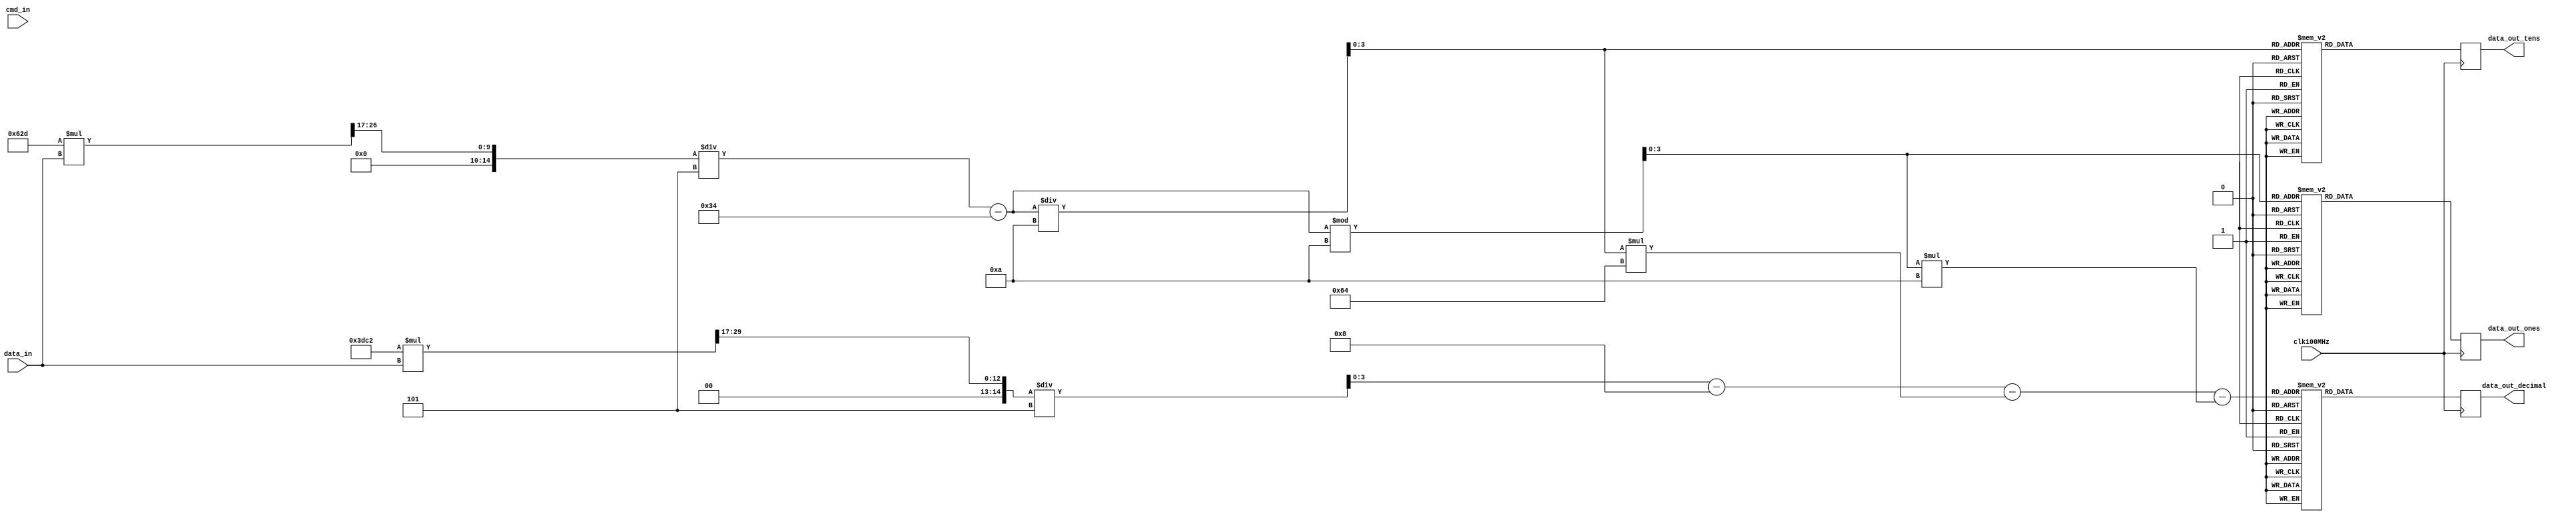
`timescale 1s / 1ps
//////////////////////////////////////////////////////////////////////////////////
// Company: 
// 
// Design Name: 
// Module Name: top4
// Project Name: 
// Target Devices: 
// Tool Versions: 
// Description: Prints tens, ones, and tenths place on three 7 segment displays
// 
// Dependencies: 
// 
// Revision:
// Revision 0.01 - File Created
// Additional Comments:
// 
//////////////////////////////////////////////////////////////////////////////////


module disp_7seg(
    input wire clk100MHz,
    input wire [1:0] cmd_in,
    //input wire [4:0] data_in_first,
    //input wire [4:0] data_in_second,
    input wire [15:0] data_in,
    output reg [7:0] data_out_tens,
    output reg [7:0] data_out_ones,
    output reg [7:0] data_out_decimal
    );
    //assign AN = 8'b11111110;
    //reg [15:0] data_out = {ck_io41, ck_io40, ck_io13, ck_io12, ck_io11, ck_io10, ck_io9, ck_io8, ck_io7, ck_io6, ck_io5, ck_io4, ck_io3, ck_io2, ck_io1, ck_io0};
    
    //wire [7:0] temp = 8'b00111000;
    //assign data_in = temp; 
    
    // ((175 * data_in) / 65536) - 47;
    //wire [7:0] data = data_in;
    
    //reg [23:0] data;
    //reg [3:0] data_in_tens;
    //reg [3:0] data_in_ones;
    
    //wire [23:0] data;
    wire [3:0] data_in_tens;
    wire [3:0] data_in_ones;
    wire [3:0] data_in_decimal;
    
    //reg [31:0] temp = 1'b0;
    
    //wire [15:0] driver = 16'b110010001011100;
    //reg [31:0] 
    /*
    always @(posedge cmd_in) begin      // combinational logic
        if (cmd_in == 2'b00) begin
            data_in_tens = (((125 * data_in) >> 17) - 6) / 10;
            data_in_ones = (((125 * data_in) >> 17) - 6) % 10;
            data_in_decimal = (((1250 * data_in) >> 17) - 60) - (data_in_tens * 100) - (data_in_ones * 10);
        end
        else if (cmd_in == 2'b01) begin
            data_in_tens = ((((1581 * data_in) >> 17) / 5) - 52) / 10;
            data_in_ones = ((((1581 * data_in) >> 17) / 5) - 52) % 10;
            data_in_decimal = ((((15810 * data_in) >> 17) / 5 ) - 520) - (data_in_tens * 100) - (data_in_ones * 10);
        end
        else if (cmd_in == 2'b10) begin
            data_in_tens = ((((176 * data_in) >> 17) / 5) - 52) / 10;
            data_in_ones = (((176 * data_in) >> 17) - 47) % 10;
            data_in_decimal = (((1760 * data_in) >> 17) - 470) - (data_in_tens * 100) - (data_in_ones * 10);
        end
    end
    */
    //assign data_in_tens = (((176 * data_in) >> 17) - 47) / 10;
    //assign data_in_ones = (((176 * data_in) >> 17) - 47) % 10;
    //assign data_in_decimal = (((1760 * data_in) >> 17) - 470) - (data_in_tens * 100) - (data_in_ones * 10);
    
    //assign data_in_tens = ((((125 * data_in) >> 17) - 6) / 10) >= 5 ? ((((125 * data_in) >> 17) - 6) / 10) - 4 : ((((125 * data_in) >> 17) - 6) / 10);
    //assign data_in_tens = (((125 * data_in) >> 17) - 6) / 10;
    //assign data_in_ones = (((125 * data_in) >> 17) - 6) % 10;
    //assign data_in_decimal = (((1250 * data_in) >> 17) - 60) - (data_in_tens * 100) - (data_in_ones * 10);
    
    assign data_in_tens = ((((1581 * data_in) >> 17) / 5) - 52) / 10;
    assign data_in_ones = ((((1581 * data_in) >> 17) / 5) - 52) % 10;
    assign data_in_decimal = ((((15810 * data_in) >> 17) / 5 ) - 520) - (data_in_tens * 100) - (data_in_ones * 10);
    
    always @(posedge clk100MHz) begin       // sequential logic
        //data <= 8'd176 * data_in_driver;
        ////data <= 176 * data_in;   //put into separate func later
        //data <= data >> 16;
        //data <= data - 6'd47;
        
        //data <= 5'b10101; //21
        
        case (data_in_tens)
            4'b0000: 
                data_out_tens <= 8'b00000000;  //zero
            4'b0001:
                data_out_tens <= 8'b00100001;  //one
            4'b0010:
                data_out_tens <= 8'b11001011;  //two
            4'b0011:
                data_out_tens <= 8'b01101011;  //three
            4'b0100:
                data_out_tens <= 8'b00101101;  //four
            4'b0101:
                data_out_tens <= 8'b01101110;  //five
            4'b0110:
                data_out_tens <= 8'b11101110;  //six
            4'b0111:
                data_out_tens <= 8'b00100011;  //seven
            4'b1000:
                data_out_tens <= 8'b11101111;  //eight
            4'b1001:
                data_out_tens <= 8'b01101111;  //nine
            default:
                data_out_tens <= 8'b00001000;  //-
        endcase
        case (data_in_ones)
            4'b0000: 
                data_out_ones <= 8'b11110111;  //zero
            4'b0001:
                data_out_ones <= 8'b00110001;  //one
            4'b0010:
                data_out_ones <= 8'b11011011;  //two
            4'b0011:
                data_out_ones <= 8'b01111011;  //three
            4'b0100:
                data_out_ones <= 8'b00111101;  //four
            4'b0101:
                data_out_ones <= 8'b01111110;  //five
            4'b0110:
                data_out_ones <= 8'b11111110;  //six
            4'b0111:
                data_out_ones <= 8'b00110011;  //seven
            4'b1000:
                data_out_ones <= 8'b11111111;  //eight
            4'b1001:
                data_out_ones <= 8'b01111111;  //nine
            default:
                data_out_ones <= 8'b00001000;  //-
        endcase
        case (data_in_decimal)
            4'b0000: 
                data_out_decimal <= 8'b01111110;  //zero
            4'b0001:
                data_out_decimal <= 8'b00010010;  //one
            4'b0010:
                data_out_decimal <= 8'b10111100;  //two
            4'b0011:
                data_out_decimal <= 8'b10110110;  //three
            4'b0100:
                data_out_decimal <= 8'b11010010;  //four
            4'b0101:
                data_out_decimal <= 8'b11100110;  //five
            4'b0110:
                data_out_decimal <= 8'b11101110;  //six
            4'b0111:
                data_out_decimal <= 8'b00110010;  //seven
            4'b1000:
                data_out_decimal <= 8'b11111110;  //eight
            4'b1001:
                data_out_decimal <= 8'b11110110;  //nine
            default:
                data_out_decimal <= 8'b10000000;  //-
        endcase
    end
endmodule